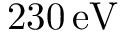
2 3 0 \, \mathrm { { e V } }